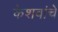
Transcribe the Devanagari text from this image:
केशवांचे